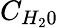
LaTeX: C_{H_{2}0}